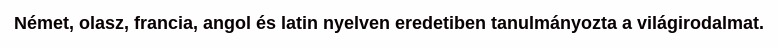
Német, olasz, francia, angol és latin nyelven eredetiben tanulmányozta a világirodalmat.